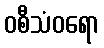
ဝစီသံဝရော